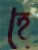
হে